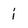
Character: i